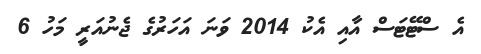
އެ ސްޓޭޓަސް އާއި އެކު 2014 ވަނަ އަހަރުގެ ޖެނުއަރީ މަހު 6